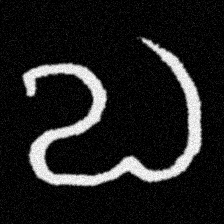
Pyu character \u2014 Myanmar letter: လ (romanized: la)